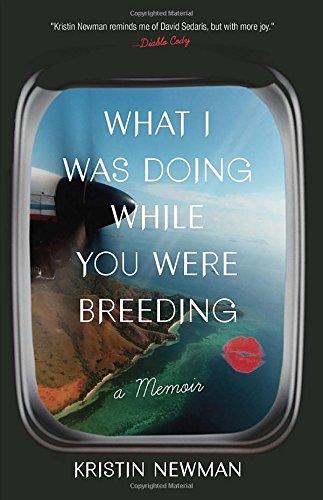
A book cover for What I Was Doing While You Were Breeding: A Memoir; Kristin Newman; Humor & Entertainment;